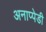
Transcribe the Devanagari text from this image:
अनाप्पेडी